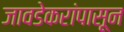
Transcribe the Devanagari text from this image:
जावडेकरांपासून